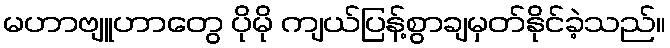
မဟာဗျူဟာတွေ ပိုမို ကျယ်ပြန့်စွာချမှတ်နိုင်ခဲ့သည်။